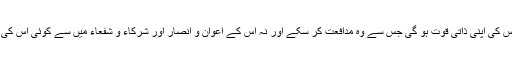
اس دن آدمی کے پاس نہ اس کی اپنی ذاتی قوت ہو گی جس سے وہ مدافعت کر سکے اور نہ اس کے اعوان و انصار اور شرکاء و شفعاء میں سے کوئی اس کی حمایت کے لیے اٹھے گا۔